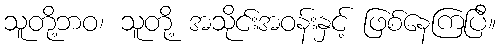
သူတို့ဘဝ၊ သူတို့ အသိုင်းအဝန်းနှင့် ဖြစ်နေကြပြီ။